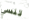
تنسي